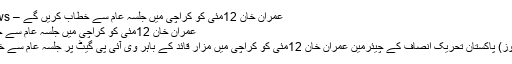
عمران خان 12مئی کو کراچی میں جلسہ عام سے خطاب کریں گے – US Urd News
عمران خان 12مئی کو کراچی میں جلسہ عام سے خطاب کریں گے
کراچی: (اُردو نیوز) پاکستان تحریک انصاف کے چیئرمین عمران خان 12مئی کو کراچی میں مزار قائد کے باہر وی آئی پی گیٹ پر جلسہ عام سے خطاب کریں گے۔